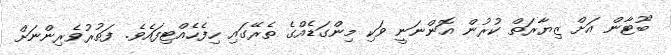
ބޫޓާން އަށް ޒިޔާރަތް ކުރުން އޮންނަނީ ވަކި މިންގަޑެއްގެ ތެރޭގައި ހިފެހެއްޓިފައެވެ. ފަތުރުވެރިންނަށް